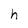
Character: h